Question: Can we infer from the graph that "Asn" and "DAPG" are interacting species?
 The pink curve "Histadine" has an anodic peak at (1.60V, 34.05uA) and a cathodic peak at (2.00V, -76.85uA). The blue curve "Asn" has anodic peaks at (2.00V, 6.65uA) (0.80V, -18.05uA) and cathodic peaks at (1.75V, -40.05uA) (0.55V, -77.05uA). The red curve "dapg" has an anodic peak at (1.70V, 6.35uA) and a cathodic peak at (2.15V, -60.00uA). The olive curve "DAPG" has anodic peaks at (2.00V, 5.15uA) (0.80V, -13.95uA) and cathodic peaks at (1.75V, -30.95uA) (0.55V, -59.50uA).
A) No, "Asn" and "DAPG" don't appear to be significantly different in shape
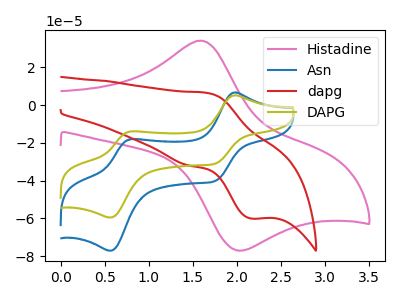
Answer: <think>All the peaks in "Asn" have a peak in "DAPG" at the same potential.
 </think>
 <answer>A) No, "Asn" and "DAPG" don't appear to be significantly different in shape</answer>
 <eval>A</eval>